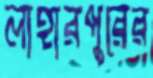
লাহারপুরের